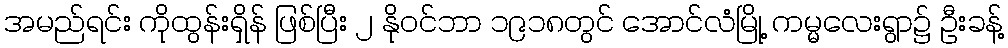
အမည်ရင်း ကိုထွန်းရှိန် ဖြစ်ပြီး ၂ နိုဝင်ဘာ ၁၉၁၈တွင် အောင်လံမြို့ ကမ္မလေးရွာ၌ ဦးခန့်